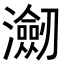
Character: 𭳤